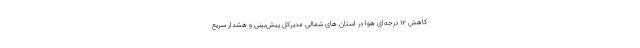
کاهش ۱۲ درجه‌ای هوا در استان ‌های شمالی مدیرکل پیش‌بینی و هشدار سریع